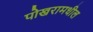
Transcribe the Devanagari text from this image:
पोखरामधील